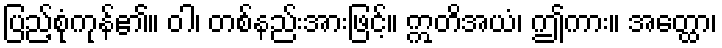
ပြည့်စုံကုန်၏။ ဝါ၊ တစ်နည်းအားဖြင့်။ ဣတိအယံ၊ ဤကား။ အတ္ထော၊